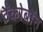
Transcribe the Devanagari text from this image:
टैंकोबाॅन